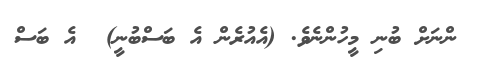
ންނަށް ބުނި މީހުންނެވެ. (އެއުރެން އެ ބަސްބުނީ)  އެ ބަސް